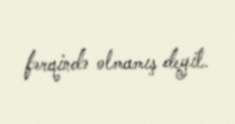
fərqində olmamış deyil.